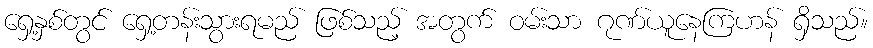
ရှေ့နှစ်တွင် ရှေ့တန်းသွားရမည် ဖြစ်သည့် အတွက် ဝမ်းသာ ဂုဏ်ယူနေကြဟန် ရှိသည်။